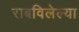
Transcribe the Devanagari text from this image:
राबविलेल्या